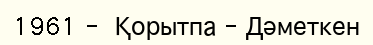
1961 -  Қорытпа - Дәметкен